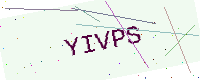
Text: YIVPS